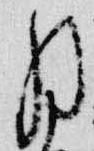
月